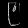
Digit: ၉